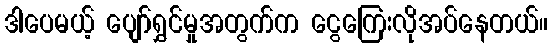
ဒါပေမယ့် ပျော်ရွှင်မှုအတွက်က ငွေကြေးလိုအပ်နေတယ်။